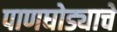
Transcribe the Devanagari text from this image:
पाणघोड्याचे